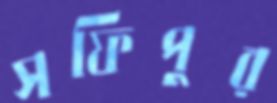
সফিপুর